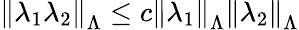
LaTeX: \left\| \lambda_{1}\lambda_{2}\right\| _{\Lambda}\leq c\left\| \lambda_{1}\right\| _{\Lambda}\left\| \lambda_{2}\right\| _{\Lambda}